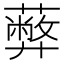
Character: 𦿔